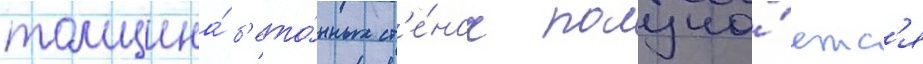
толщина́ б'ето́нных ст'е́нок получа́етс'я